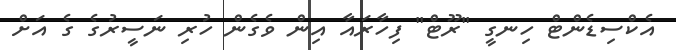
އެކްސިޑެންޓް ހިނގީ "ރޫޓް" ފިހާރައާ އިން ވެގެން ހުރި ނަސީރުގެ ގެ އަށް